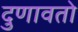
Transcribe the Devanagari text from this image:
दुणावतो